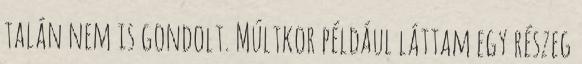
talán nem is gondolt. Múltkor például láttam egy részeg